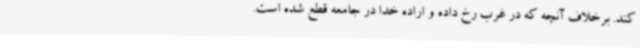
کند. برخلاف آنچه که در غرب رخ داده و اراده خدا در جامعه قطع شده است.